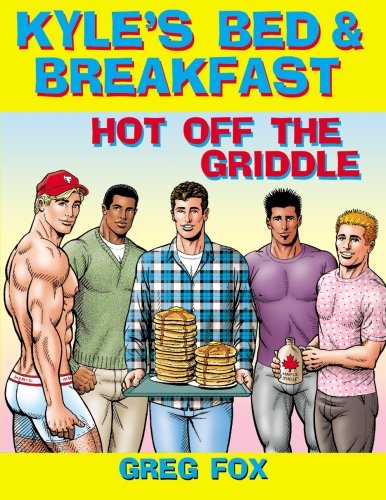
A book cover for Kyle's Bed & Breakfast: Hot Off the Griddle; Greg Fox; Comics & Graphic Novels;